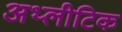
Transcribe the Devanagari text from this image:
अथ्लीटिक